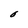
Character: O